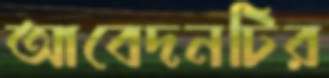
আবেদনটির